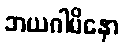
ဘယဂါမိနော